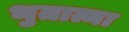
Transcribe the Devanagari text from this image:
भुतात्मा